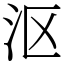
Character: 沤